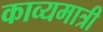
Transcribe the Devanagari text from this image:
काव्यमात्री